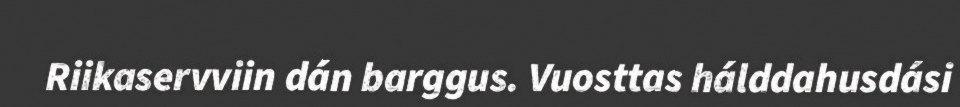
Riikaservviin dán barggus. Vuosttas hálddahusdási